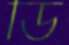
ডি